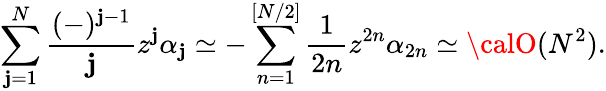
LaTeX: \sum_{\mathbf{j}=1}^{N}\frac{{(-)^{\mathbf{j}-1}}}{{\mathbf{j}}}z^{\mathbf{j}}\alpha_{\mathbf{j}}\simeq-\sum_{n=1}^{[N/2]}\frac{{1}}{{2n}}z^{2n}\alpha_{2n}\simeq{\calO}(N^{2}).